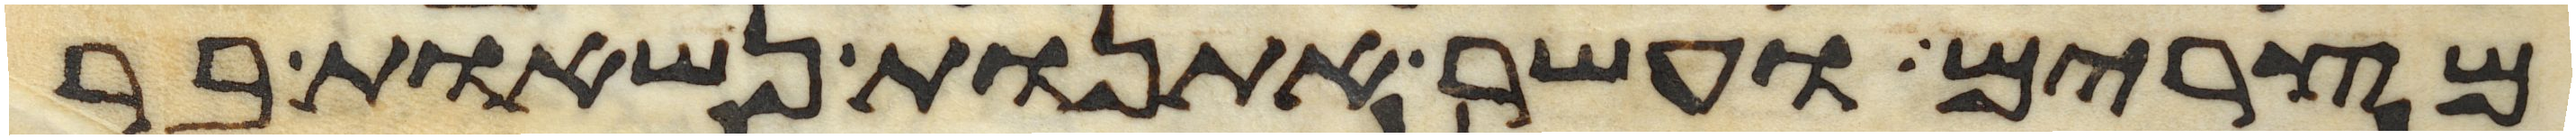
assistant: מצרים ועשר אתנות נשאות בר